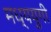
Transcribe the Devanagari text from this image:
मध्ययुगी